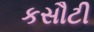
કસૌટી